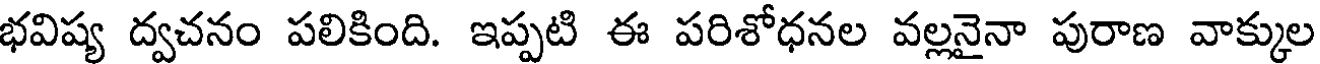
భవిష్య ద్వచనం పలికింది. ఇప్పటి ఈ పరిశోధనల వల్లనైనా పురాణ వాక్కుల